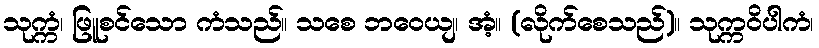
သုက္ကံ၊ ဖြူစင်သော ကံသည်။ သစေ ဘဝေယျ၊ အံ့။ (လိုက်စေသည်)။ သုက္ကဝိပါကံ၊